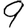
Digit: 9